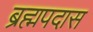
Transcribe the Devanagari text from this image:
ब्रह्मपदास